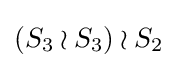
(S_{3}\wr S_{3})\wr S_{2}